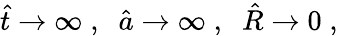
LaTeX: \hat{t}\to\infty\; ,\; \; \hat{a}\to\infty\; ,\; \; \hat{R}\to 0\; ,